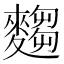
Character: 𮭿